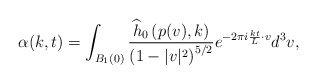
\begin{align*}\alpha(k,t) = \int_{B_1(0)} \frac{\widehat{h}_0\left(p(v),k\right)}{\left(1-|v|^2\right)^{5/2}}e^{-2\pi i \frac{kt}{L}\cdot v}d^3v,\end{align*}